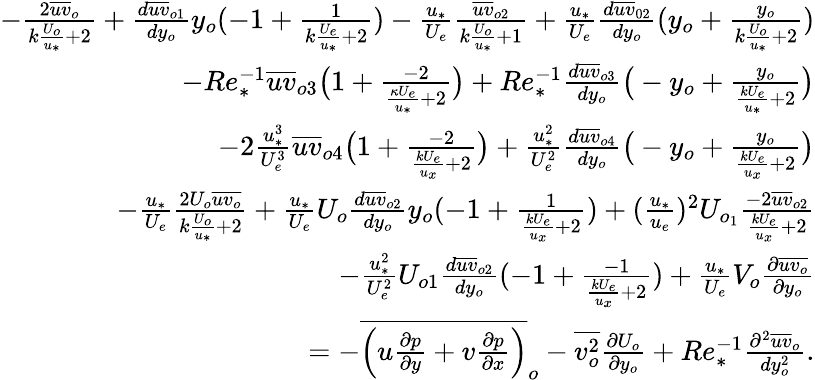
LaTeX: \begin{array}{r}{-\frac{2\overline{{uv}}_{o}}{k\frac{U_{o}}{u_{*}}+2}+\frac{d\overline{{uv}}_{o1}}{dy_{o}}y_{o}(-1+\frac{1}{{k\frac{U_{e}}{u_{*}}+2}})-\frac{u_{*}}{U_{e}}\frac{\overline{{uv}}_{o2}}{k\frac{U_{o}}{u_{*}}+1}+\frac{u_{*}}{U_{e}}\frac{d\overline{{uv}}_{02}}{dy_{o}}(y_{o}+\frac{y_{o}}{k\frac{U_{o}}{u_{*}}+2})}\\ {-Re_{*}^{-1}\overline{{uv}}_{o3}\big(1+\frac{-2}{\frac{\kappa U_{e}}{u_{*}}+2}\big)+Re_{*}^{-1}\frac{d\overline{{uv}}_{o3}}{dy_{o}}\big(-y_{o}+\frac{y_{o}}{\frac{kU_{e}}{u_{*}}+2}\big)}\\ {-2\frac{u_{*}^{3}}{U_{e}^{3}}\overline{{uv}}_{o4}\big(1+\frac{-2}{\frac{kU_{e}}{u_{x}}+2}\big)+\frac{u_{*}^{2}}{U_{e}^{2}}\frac{d\overline{{uv}}_{o4}}{dy_{o}}\big(-y_{o}+\frac{y_{o}}{\frac{kU_{e}}{u_{x}}+2}\big)}\\ {-\frac{u_{*}}{U_{e}}\frac{2U_{o}\overline{{uv_{o}}}}{k\frac{U_{o}}{u_{*}}+2}+\frac{u_{*}}{U_{e}}U_{o}\frac{d\overline{{uv}}_{o2}}{dy_{o}}y_{o}(-1+\frac{1}{\frac{kU_{e}}{u_{x}}+2})+(\frac{u_{*}}{u_{e}})^{2}U_{o_{1}}\frac{-2\overline{{uv}}_{o2}}{\frac{kU_{e}}{u_{x}}+2}}\\ {-\frac{u_{*}^{2}}{U_{e}^{2}}U_{o1}\frac{d\overline{{uv}}_{o2}}{dy_{o}}(-1+\frac{-1}{\frac{kU_{e}}{u_{x}}+2})+\frac{u_{*}}{U_{e}}V_{o}\frac{\partial\overline{{uv_{o}}}}{\partial y_{o}}}\\ {=-\overline{{\Big(u\frac{\partial p}{\partial y}+v\frac{\partial p}{\partial x}\Big)}}_{o}-\overline{{v_{o}^{2}}}\frac{\partial U_{o}}{\partial y_{o}}+Re_{*}^{-1}\frac{\partial^{2}\overline{{uv}}_{o}}{dy_{o}^{2}}.}\end{array}